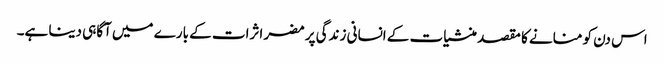
اس دن کو منانے کا مقصد منشیات کے انسانی زندگی پر مضر اثرات کے بارے میں آگاہی دینا ہے۔